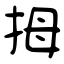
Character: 拇